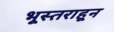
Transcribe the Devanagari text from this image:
भूस्तराहून